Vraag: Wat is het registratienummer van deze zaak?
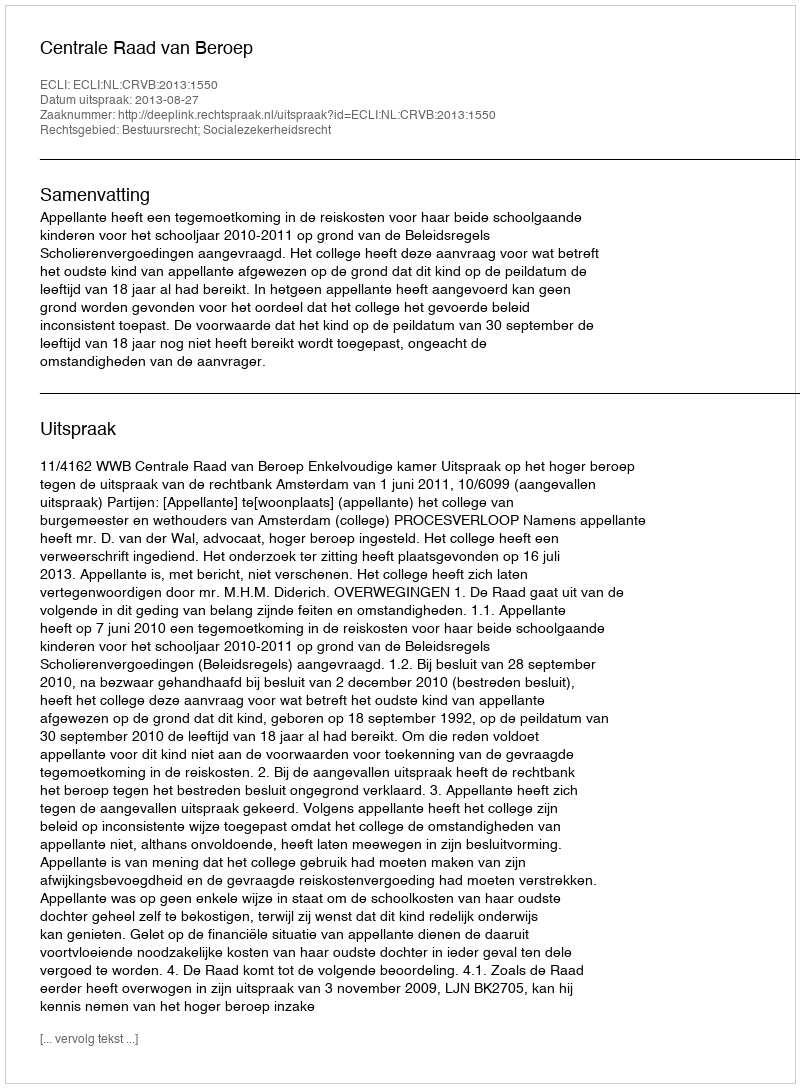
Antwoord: http://deeplink.rechtspraak.nl/uitspraak?id=ECLI:NL:CRVB:2013:1550